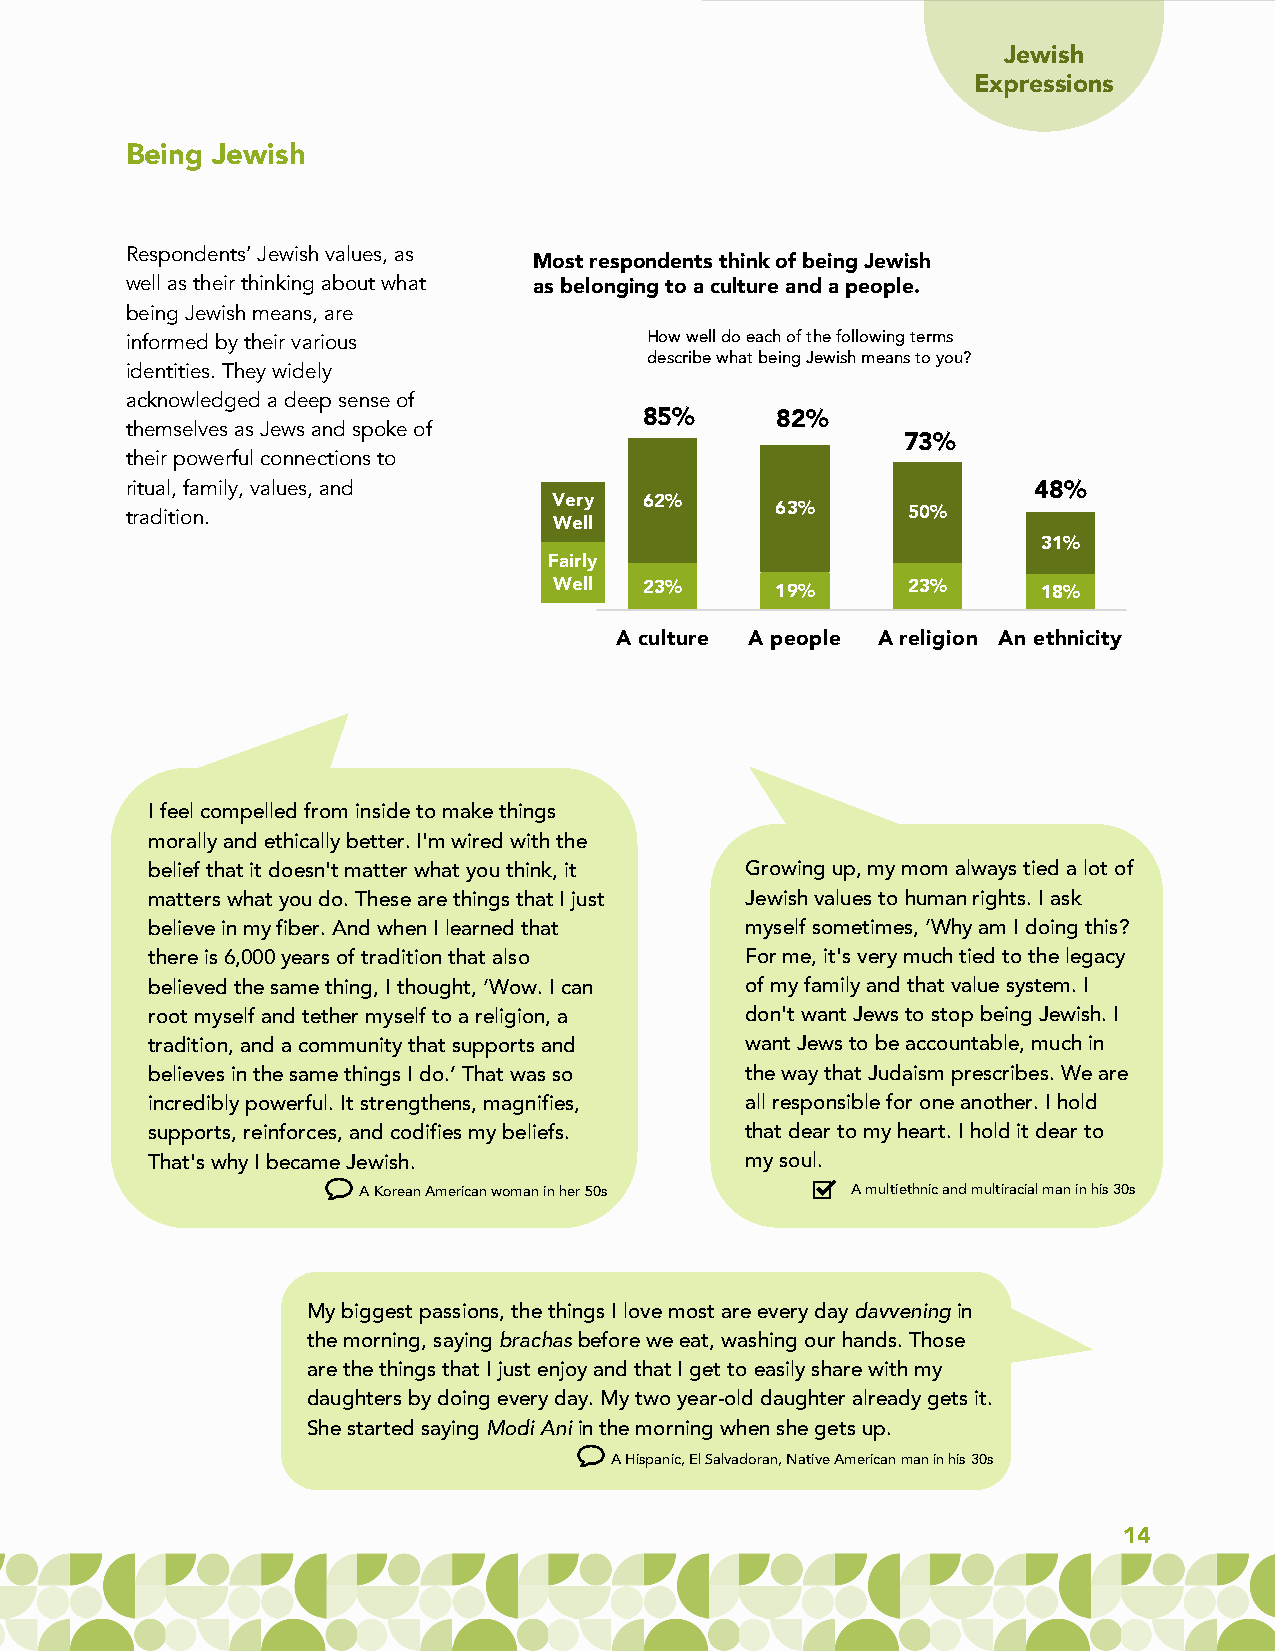
Jewish
 Expressions
 Being Jewish
 Respondents’ Jewish values, as
 Most respondents think of being Jewish
 well as their thinking about what as belonging to a culture and a people.
 being Jewish means, are
 informed by their various          How well do each of the following terms
 describe what being Jewish means to you?
 identities. They widely
 acknowledged a deep sense of
 85%     82%
 themselves as Jews and spoke of
 73%
 their powerful connections to
 ritual, family, values, and                                 48%
 Very  62%
 tradition.                                 63%      50%
 Well
 31%
 Fairly
 Well  23%     19%      23%      18%
 A culture A people A religion An ethnicity
 I feel compelled from inside to make things
 morally and ethically better. I'm wired with the
 belief that it doesn't matter what you think, it Growing up, my mom always tied a lot of
 matters what you do. These are things that I just Jewish values to human rights. I ask
 believe in my fiber. And when I learned that myself sometimes, ‘Why am I doing this?
 there is 6,000 years of tradition that also For me, it's very much tied to the legacy
 believed the same thing, I thought, ‘Wow. I can of my family and that value system. I
 root myself and tether myself to a religion, a don't want Jews to stop being Jewish. I
 tradition, and a community that supports and want Jews to be accountable, much in
 believes in the same things I do.’ That was so the way that Judaism prescribes. We are
 incredibly powerful. It strengthens, magnifies, all responsible for one another. I hold
 supports, reinforces, and codifies my beliefs. that dear to my heart. I hold it dear to
 That's why I became Jewish.            my soul.
 A Korean American woman in her 50s A multiethnic and multiracial man in his 30s
 My biggest passions, the things I love most are every day davveningin
 the morning, saying brachasbefore we eat, washing our hands. Those
 are the things that I just enjoy and that I get to easily share with my
 daughters by doing every day. My two year-old daughter already gets it.
 She started saying Modi Ani in the morning when she gets up.
 A Hispanic, El Salvadoran, Native American man in his 30s
 14